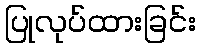
ပြုလုပ်ထားခြင်း